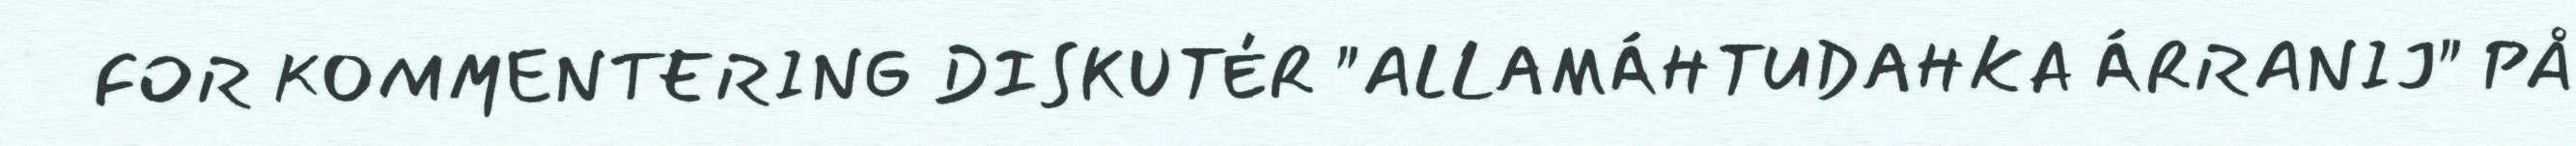
FOR KOMMENTERING DISKUTÉR "ALLAMÁHTUDAHKA ÁRRANIJ" PÅ